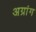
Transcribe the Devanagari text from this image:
अग्रांग